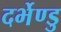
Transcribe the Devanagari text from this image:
दर्भेण्डु